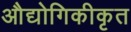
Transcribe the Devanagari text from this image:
औद्योगिकीकृत